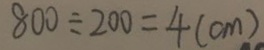
8 0 0 \div 2 0 0 = 4 ( c m )